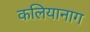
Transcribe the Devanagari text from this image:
कलियानाग